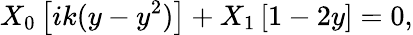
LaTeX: X_{0}\left[ik(y-y^{2})\right]+X_{1}\left[1-2y\right]=0,